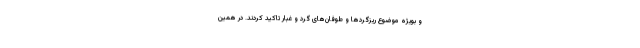
و بویژه موضوع ریزگردها و طوفان‌های گرد و غبار تاکید کردند. در همین